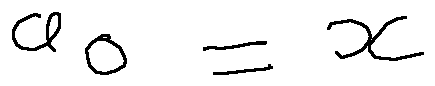
a _ { 0 } = x